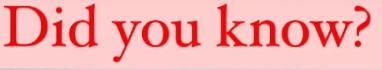
Did you know?